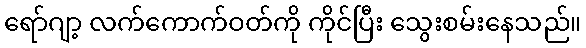
ရော်ဂျာ့ လက်ကောက်ဝတ်ကို ကိုင်ပြီး သွေးစမ်းနေသည်။